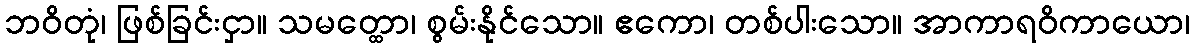
ဘဝိတုံ၊ ဖြစ်ခြင်းငှာ။ သမတ္ထော၊ စွမ်းနိုင်သော။ ဧကော၊ တစ်ပါးသော။ အာကာရဝိကာယော၊